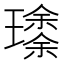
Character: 𱯹